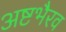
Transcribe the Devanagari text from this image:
अष्टभैरव